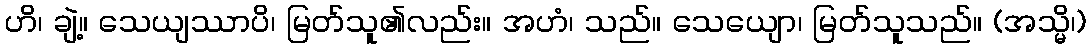
ဟိ၊ ချဲ့။ သေယျဿာပိ၊ မြတ်သူ၏လည်း။ အဟံ၊ သည်။ သေယျော၊ မြတ်သူသည်။ (အသ္မိ၊)